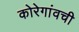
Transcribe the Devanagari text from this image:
कोरेगांवची